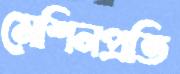
মেশিনপ্রতি